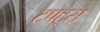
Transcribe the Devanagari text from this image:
टफ्ट्‌स